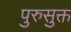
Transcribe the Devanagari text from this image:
पुरुसुक्त